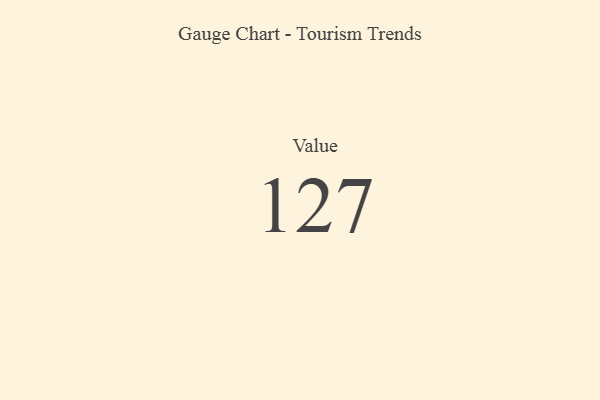
{"axis": {"x": "Metric", "y": "Value"}, "legend": [""], "data": [{"x": "Value", "y": 127, "type": ""}]}